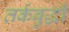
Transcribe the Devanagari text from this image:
तर्कबुद्धी